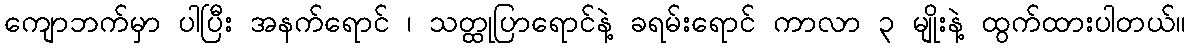
ကျောဘက်မှာ ပါပြီး အနက်ရောင် ၊ သတ္ထုပြာရောင်နဲ့ ခရမ်းရောင် ကာလာ ၃ မျိုးနဲ့ ထွက်ထားပါတယ်။